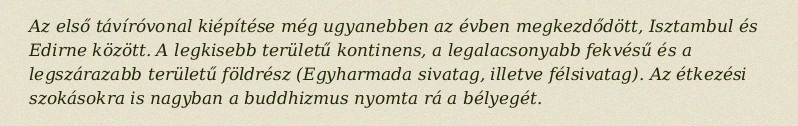
Az első távíróvonal kiépítése még ugyanebben az évben megkezdődött, Isztambul és Edirne között. A legkisebb területű kontinens, a legalacsonyabb fekvésű és a legszárazabb területű földrész (Egyharmada sivatag, illetve félsivatag). Az étkezési szokásokra is nagyban a buddhizmus nyomta rá a bélyegét.